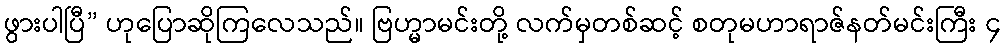
ဖွားပါပြီ” ဟုပြောဆိုကြလေသည်။ ဗြဟ္မာမင်းတို့ လက်မှတစ်ဆင့် စတုမဟာရာဇ်နတ်မင်းကြီး ၄